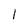
Character: 1